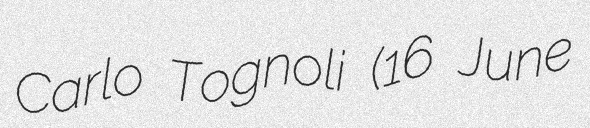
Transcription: Carlo Tognoli (16 June